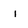
Character: l